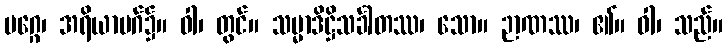
မဂ္ဂေ၊ အရိယာမဂ်၌။ ဝါ၊ တွင်။ သမ္မာဒိဋ္ဌိသင်္ခါတဿ၊ သော။ ဉာဏဿ၊ ၏။ ဝါ၊ သည်။